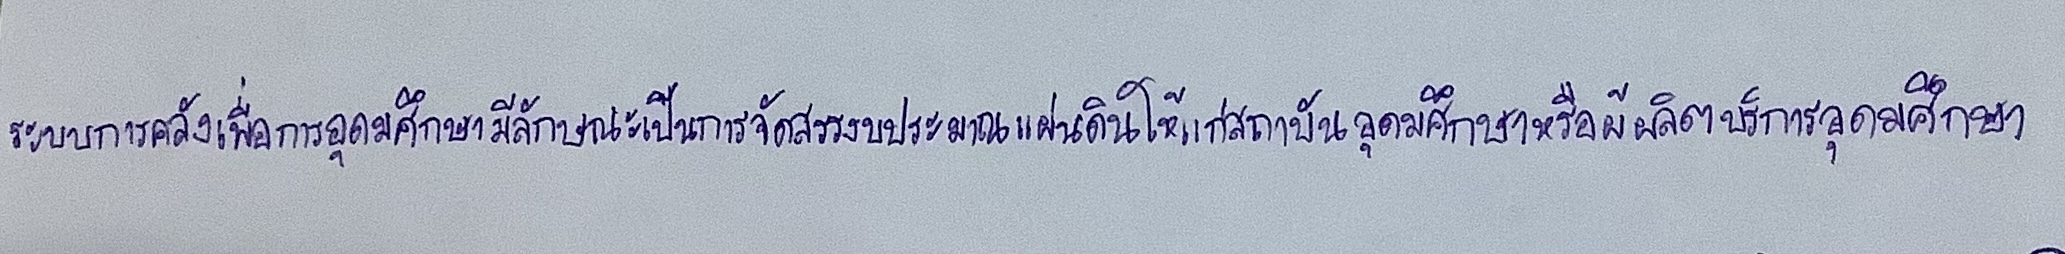
ระบบการคลังเพื่อการอุดมศึกษามีลักษณะเป็นการจัดสรรงบประมาณแผ่นดินให้แก่สถาบันอุดมศึกษาหรือผู้ผลิตบริการอุดมศึกษา